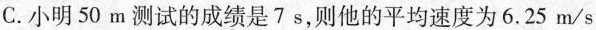
C.小明50m测试的成绩是7s，则他的平均速度为6.25m/s